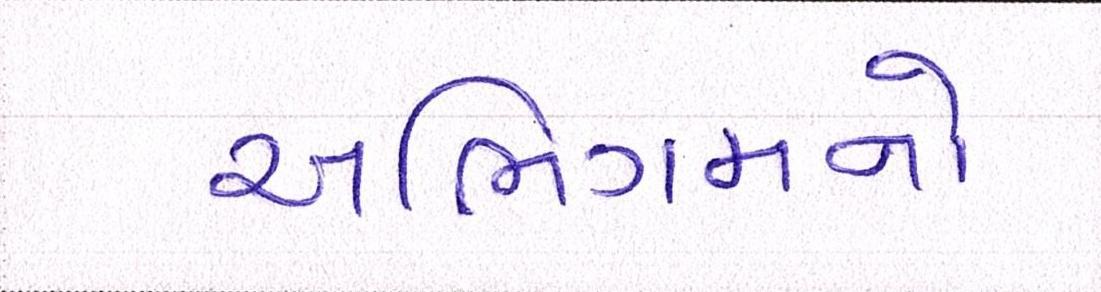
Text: અભિગમનો